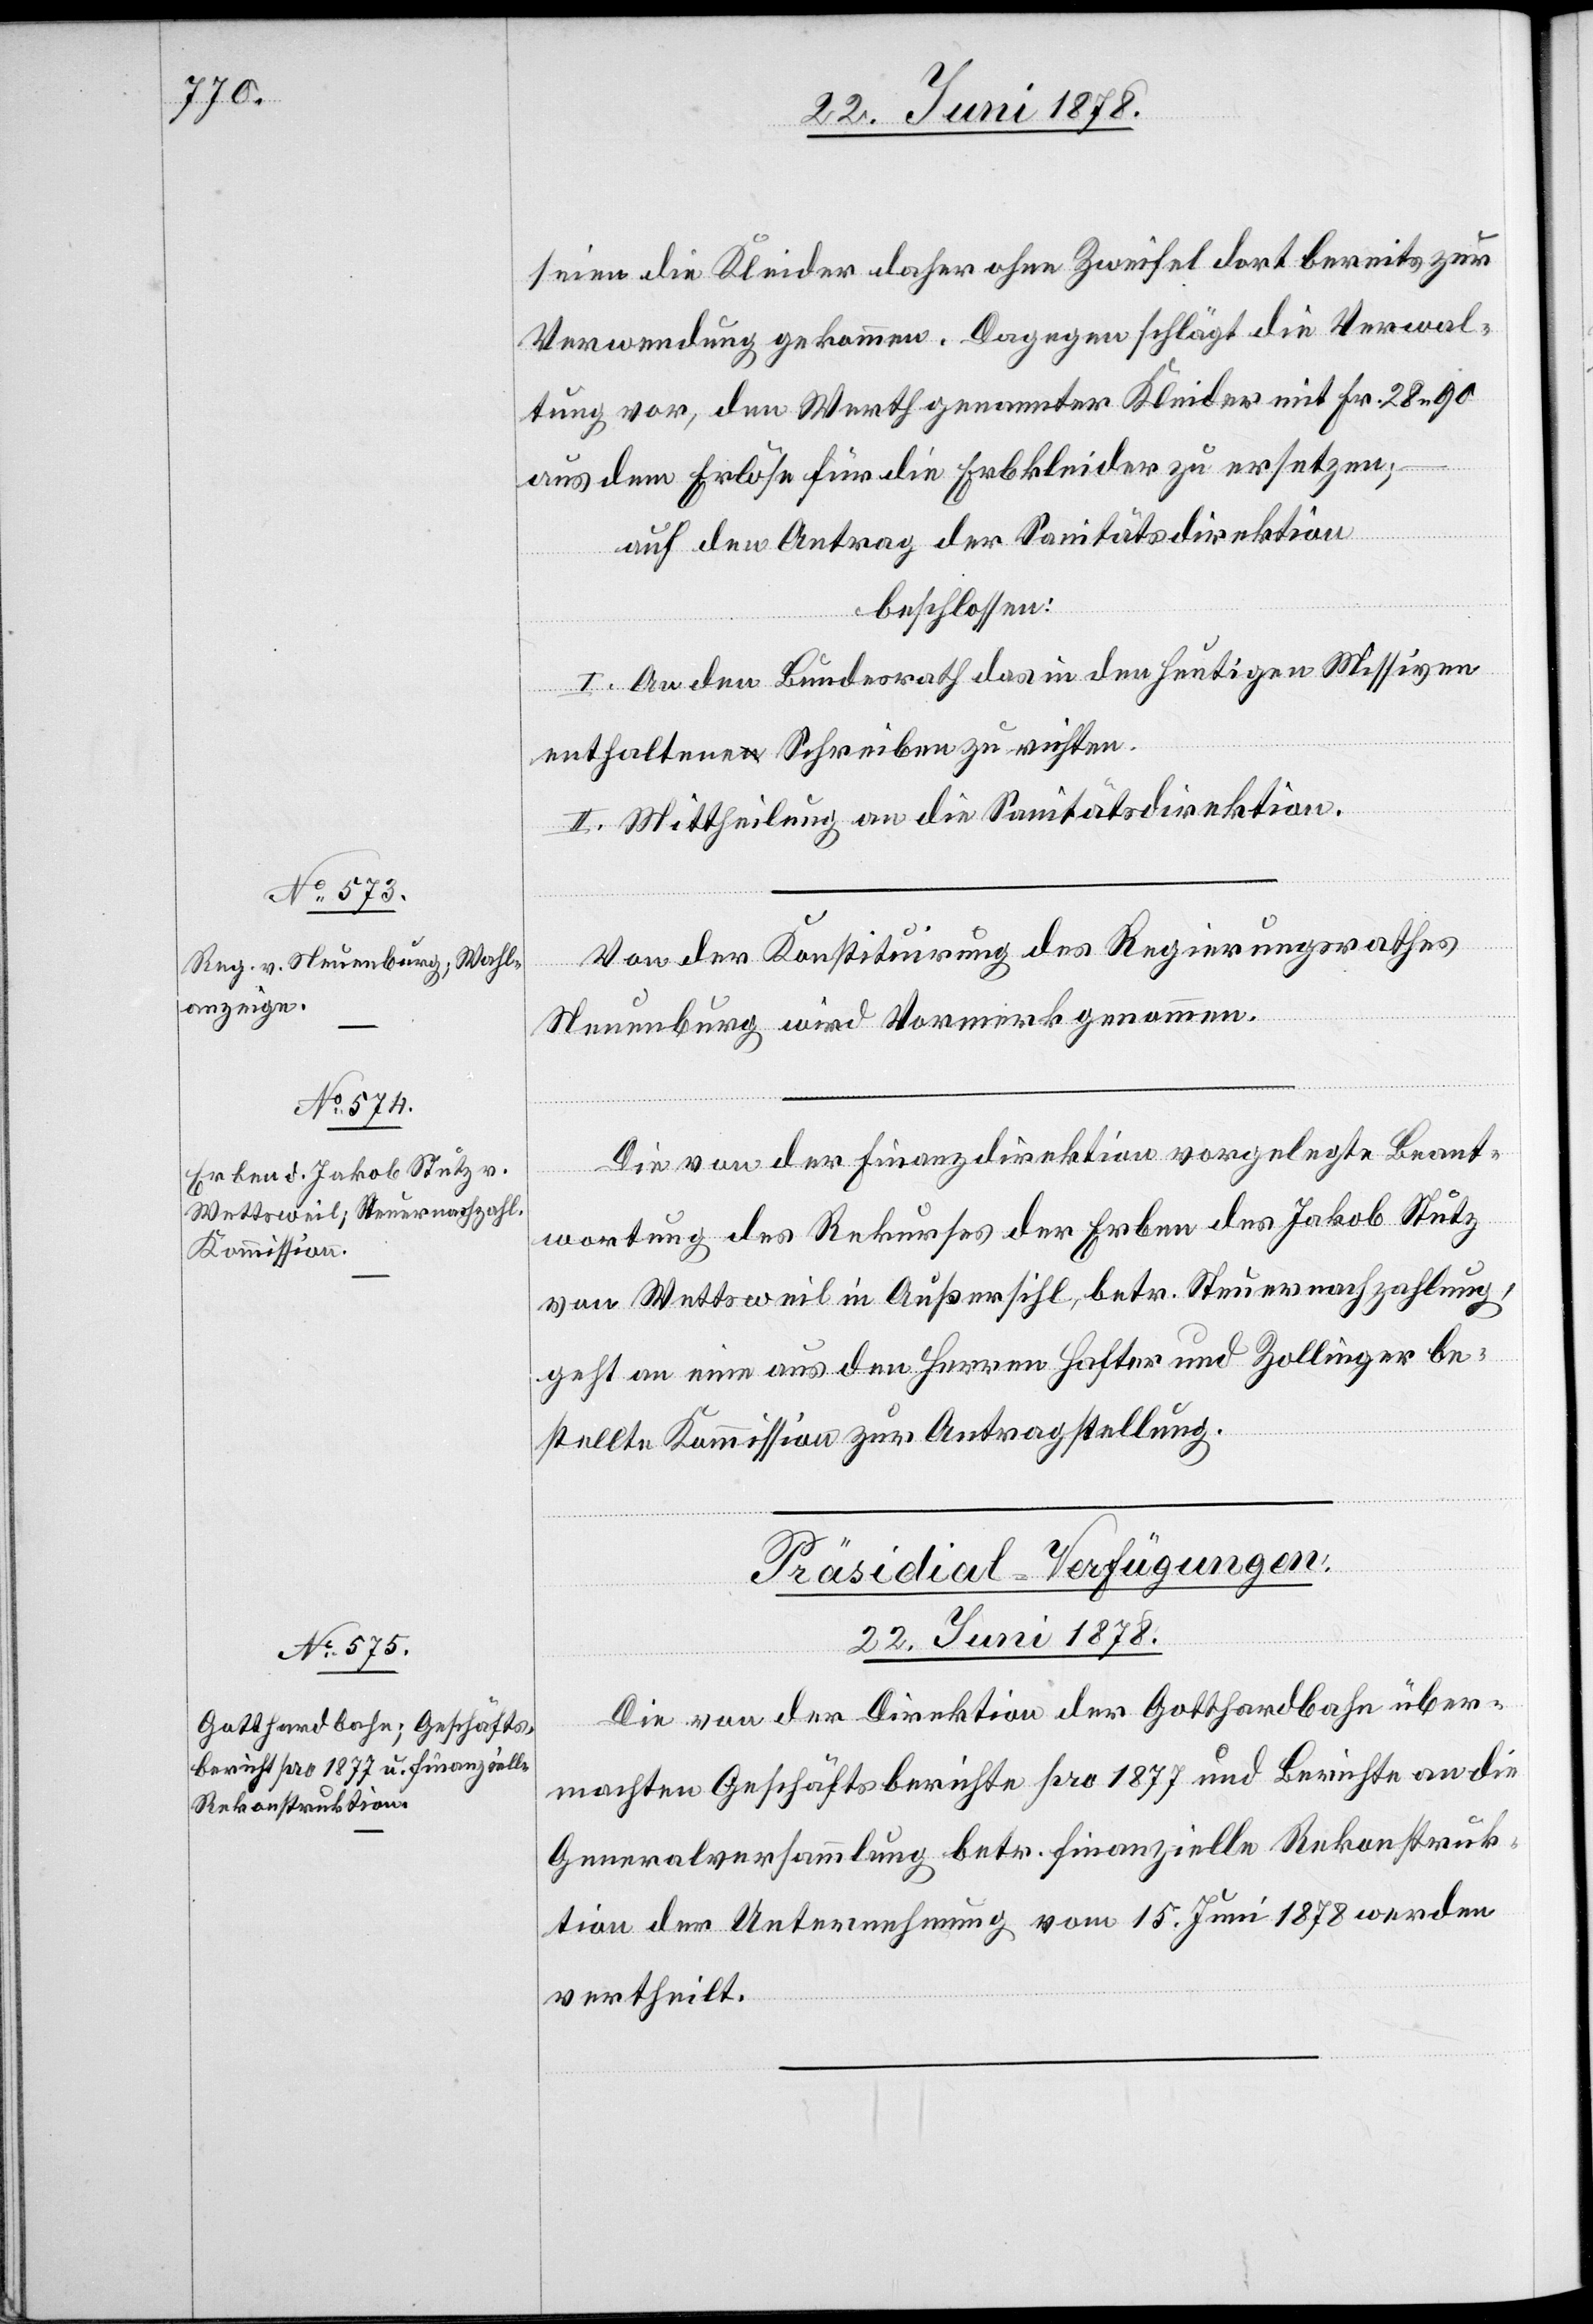
seien die Kleider daher ohne Zweifel dort bereits zur
Verwendung gekommen. Dagegen schlägt die Verwal¬
tung vor, den Werth genannter Kleider mit Fr. 28. 90
aus dem Erlöse für die Erbkleider zu ersetzen;
–
auf den Antrag der Sanitätsdirektion
beschlossen:
I. An den Bundesrath das in den heutigen Missiven
enthaltene Schreiben zu richten.
II. Mittheilung an die Sanitätsdirektion.
Von der Konstituirung des Regierungsrathes
Neuenburg wird Vormerk genommen.
Die von der Finanzdirektion vorgelegte Beant¬
wortung des Rekurses der Erben des Jakob Stutz
von Wettsweil in Außersihl, betr. Steuernachzahlung,
geht an eine aus den Herren Hafter und Zollinger be¬
stellte Kommission zur Antragstellung.
Präsidial-Verfügungen.
22. Juni 1878.
Die von der Direktion der Gotthardbahn über¬
machten Geschäftsberichte pro 1877 und Berichte an die
Generalversammlung betr. finanzielle Rekonstruk¬
tion der Unternehmung vom 15. Juni 1878 werden
vertheilt.